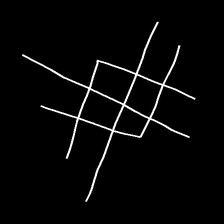
Glyph: crystal